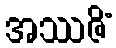
အဿဇိံ